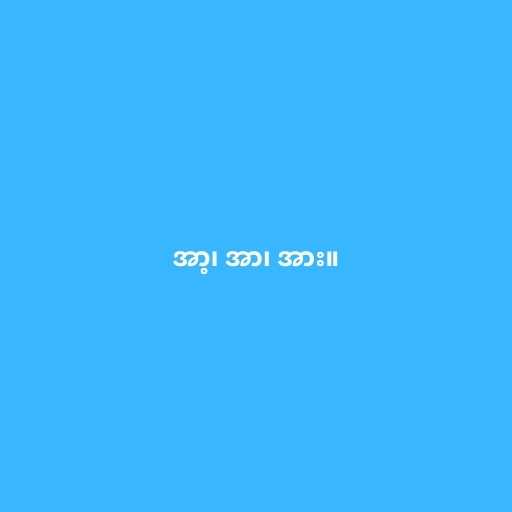
အာ့၊ အာ၊ အား။